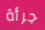
جرأة